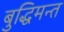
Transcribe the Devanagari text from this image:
बुद्धिमन्त